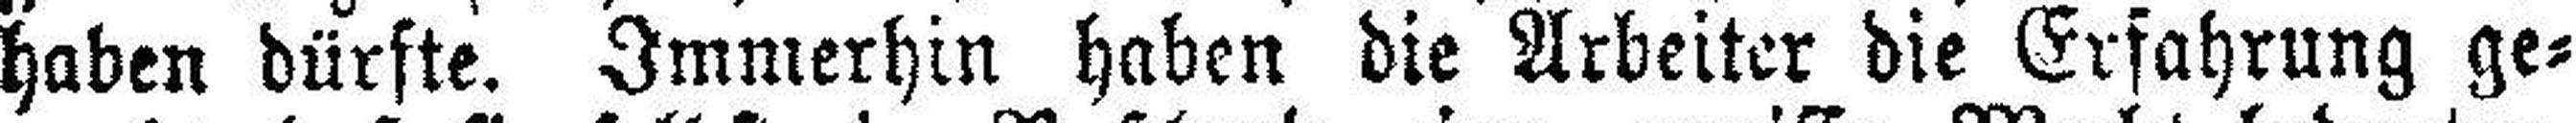
haben dürste. Immerhin haben die Arbeiter die Erfahrung ge¬